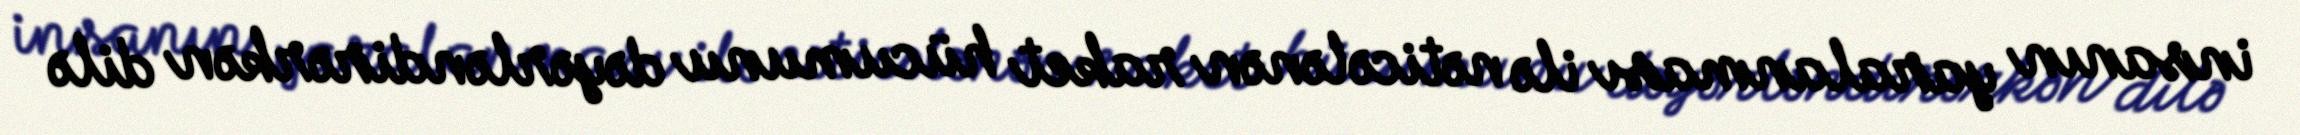
insanın yaralanması ilə nəticələnən raket hücumunu dəyərləndirərkən dilə